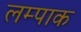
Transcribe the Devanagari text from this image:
लम्पाक